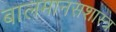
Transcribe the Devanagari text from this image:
बालमानसशास्त्र